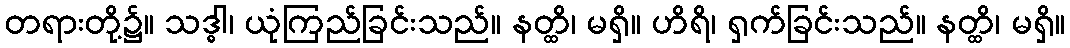
တရားတို့၌။ သဒ္ဓါ၊ ယုံကြည်ခြင်းသည်။ နတ္ထိ၊ မရှိ။ ဟိရိ၊ ရှက်ခြင်းသည်။ နတ္ထိ၊ မရှိ။